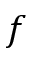
f